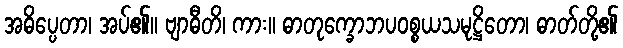
အဓိပ္ပေတာ၊ အပ်၏။ ဗျာဓီတိ၊ ကား။ ဓာတုက္ခောဘပဝစ္စယသမုဋ္ဌိတော၊ ဓာတ်တို့၏